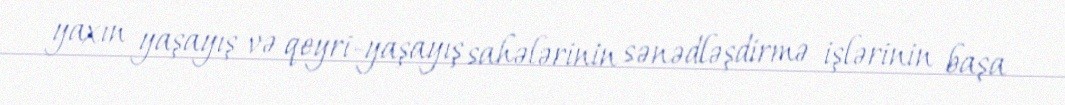
yaxın yaşayış və qeyri-yaşayış sahələrinin sənədləşdirmə işlərinin başa